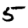
Digit: 5